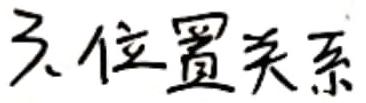
3. 位置关系